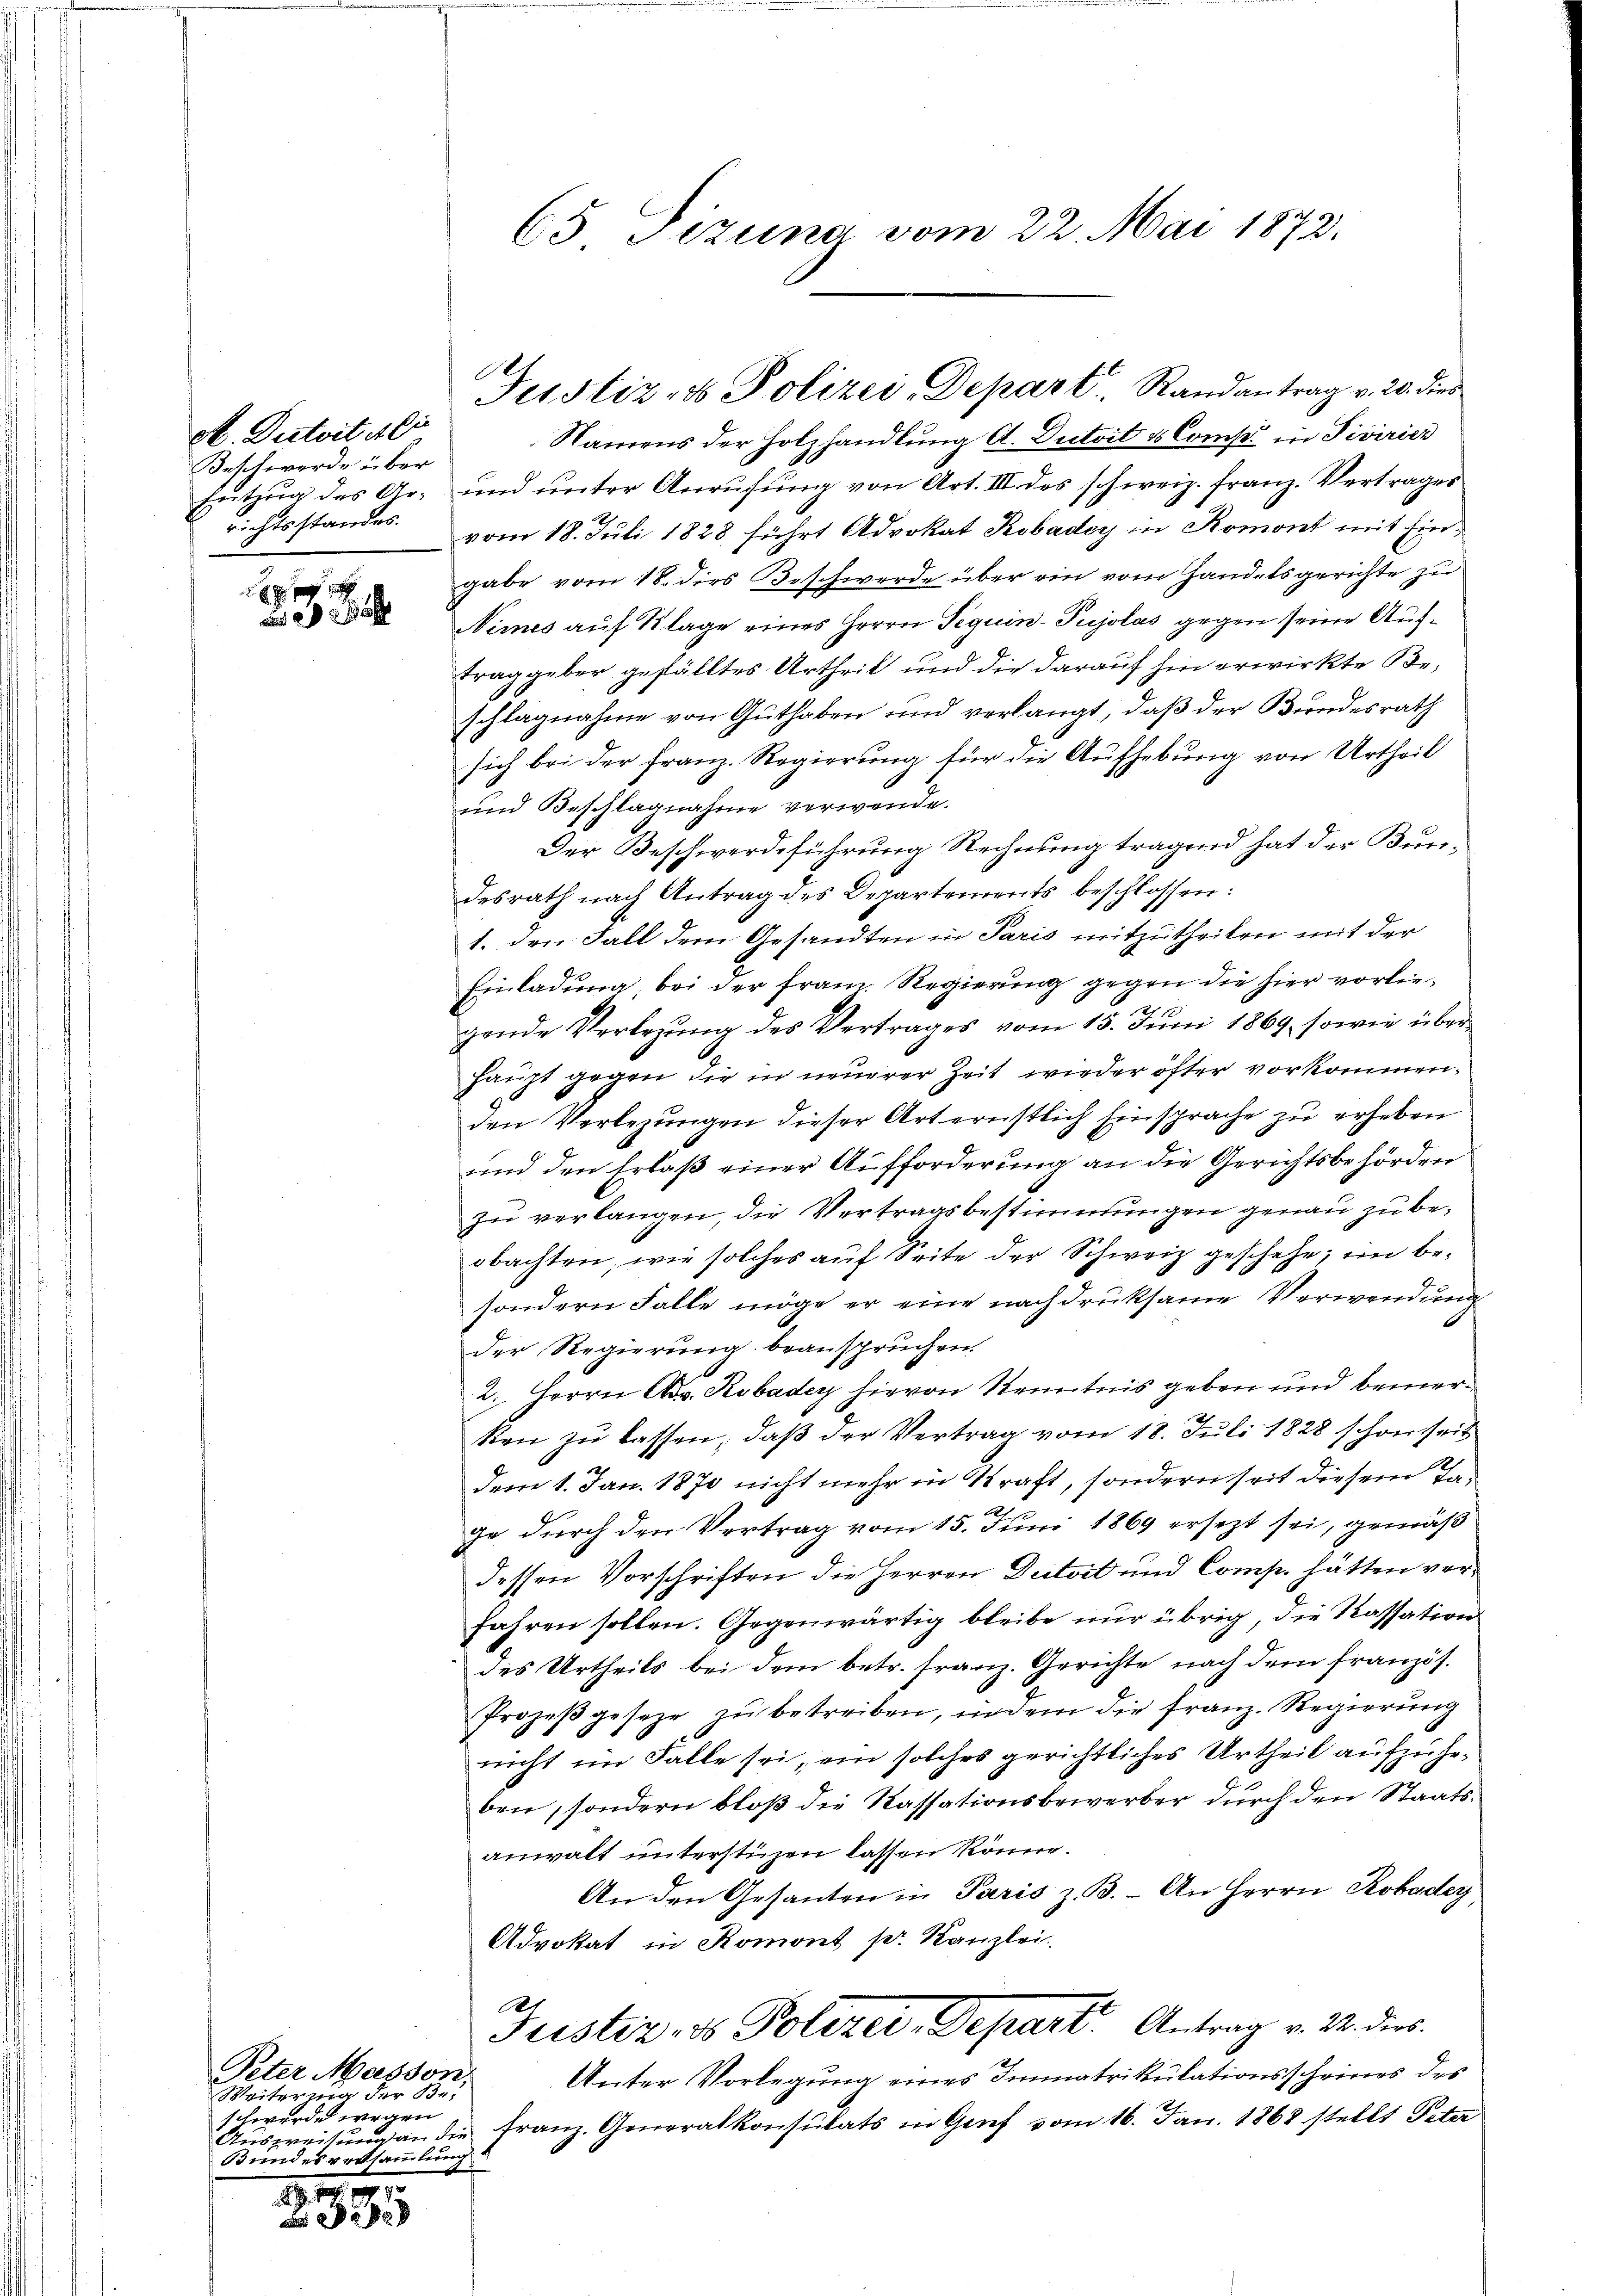
A. Dutoit ali
Beschwerde über
Entzug des Ar-
richtsstandes.

Peter Masson,
Weiter der Bu
schwerden wegen
Seien und es sammlung

1814.
f

65 Tizung vom 22. Mai 1872.

Namens der Holzhandlŭng A. Dutvit & Comp. in Pivirier
und unter Anrufung von Art. III. des schweiz. franz. Vertrages
vom 18. Juli 1828 führt Advokat Robadey in Romont mit Eingabe vom 18. dies Beschwerde über ein vom Handelsgerichte zu
Nimes auf Klage eines Herrn Sequin-Pujolas gegen seine Auftrag geber gefälltes Urtheil und die darauf hin erwirkte Beschlagnahme von Guthaben und verlangt, daß der Bundesrath
sich bei der Franz. Regierung für die Aufhebung von Urtheil
und Beschlagnahme verwende.
Der Beschwerdeführung Rechnung tragend hat der Bundesrath nach Antrag des Departements beschlossen:
1. den Fall dem Gesandten in Paris mitzutheilen mit der
Einladung, bei der Frau Regierung gegen die hier vorlie¬
12 10
gende Verlegung des Vertrages vom 15. Juni 1869, sowie über¬
Haupt gegen die in neuerer Zeit wieder öfter vorkommen,
den Verlegungen dieser Art ernstlich Einsprache zu erheben
und den Erlaß einer Aufforderung an die Gerichtsbehörden
zu verlangen, die Vertragsbestimmungen genau zu beobachten, wie solches auf Seite der Schweiz geschehe, im besondern Falle möge er eine nachdruksame Verwendung
der Regierung beanspruchen.
2. Herrn Nov. Robader hievon Kenntnis geben und bemerken zu lassen, daß der Vertrag vom 18. Juli 1828 schönheit
dem 1. Jan. 1870 nicht mehr in Straft, sondern seit diesem Tage durch den Vertrag vom 15. Juni 1869 ersezt sei, gemäß
dessen Vorschriften die Herren Deitaet und Comp. hätten vorfahren sollen. Gegenwärtig bleibe nur übrig, die Kassation
des Urtheils bei dem betr. Franz. Gerichte nach dem französ.
Prozeß geseze zu betreiben, indem die Franz. Regierung
nicht im Falle sei, ein solches gerichtliches Urtheil aufzuheben, sondern bloß die Kassationsbewerber durch den Staatsanwalt unterstüzen lassen könne.
An den Gesanten in Paris z. B. - An Herrn Robader
Advokat in Romont pr. Kanzlei
Justiz- & Polizer, Depart. Antrag v. M. dies
Unter Vorlegung eines Immatrikulationsscheines des
Aus die Franz. Generalkonsulats in Grief vom 16. Jan. 1868 stellt Peter

Justiz- & Polizei-Depart. Randantrag v. 20. dies